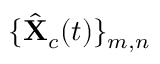
\{ \hat { \mathbf { X } } _ { c } ( t ) \} _ { m , n }